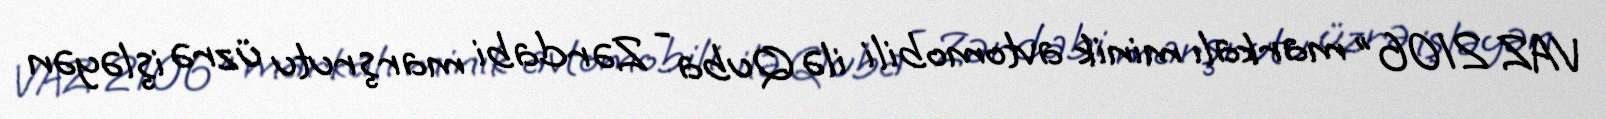
VAZ 2106" markalı minik avtomobili ilə Quba - Zərdabi marşrutu üzrə işləyən